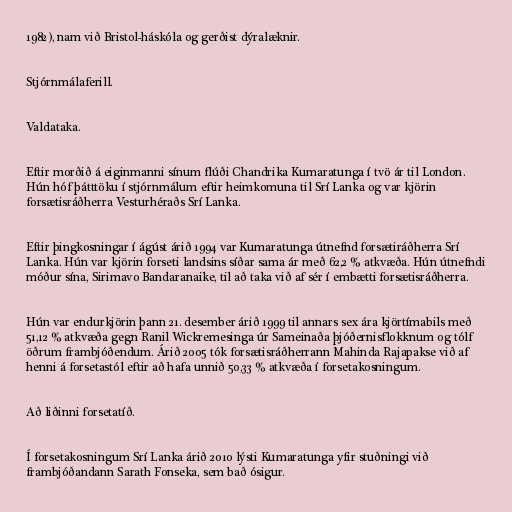
1982), nam við Bristol-háskóla og gerðist dýralæknir.

Stjórnmálaferill.

Valdataka.

Eftir morðið á eiginmanni sínum flúði Chandrika Kumaratunga í tvö ár til London.
Hún hóf þátttöku í stjórnmálum eftir heimkomuna til Srí Lanka og var kjörin
forsætisráðherra Vesturhéraðs Srí Lanka.

Eftir þingkosningar í ágúst árið 1994 var Kumaratunga útnefnd forsætiráðherra Srí
Lanka. Hún var kjörin forseti landsins síðar sama ár með 62,2 % atkvæða. Hún útnefndi
móður sína, Sirimavo Bandaranaike, til að taka við af sér í embætti forsætisráðherra.

Hún var endurkjörin þann 21. desember árið 1999 til annars sex ára kjörtímabils með
51,12 % atkvæða gegn Ranil Wickremesinga úr Sameinaða þjóðernisflokknum og tólf
öðrum frambjóðendum. Árið 2005 tók forsætisráðherrann Mahinda Rajapakse við af
henni á forsetastól eftir að hafa unnið 50,33 % atkvæða í forsetakosningum.

Að liðinni forsetatíð.

Í forsetakosningum Srí Lanka árið 2010 lýsti Kumaratunga yfir stuðningi við
frambjóðandann Sarath Fonseka, sem bað ósigur.